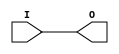
module BUFIO (/*AUTOARG*/
   // Outputs
   O,
   // Inputs
   I
   );

   output O;
   input  I;
    
   assign O=I;
     
endmodule